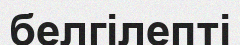
белгілепті